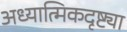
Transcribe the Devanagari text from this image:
अध्यात्मिकदृष्ट्या